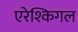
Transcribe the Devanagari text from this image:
एरेश्किगल